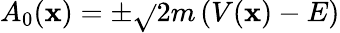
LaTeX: A_{0}(\mathbf{x})=\pm{\sqrt{}{{2m\left(V(\mathbf{x})-E\right)}}}